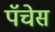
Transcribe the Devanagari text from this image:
पॅचेस